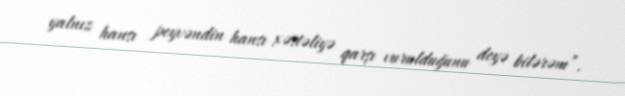
yalnız hansı peyvəndin hansı xəstəliyə qarşı vurulduğunu deyə bilərəm”.